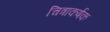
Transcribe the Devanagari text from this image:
चित्राकर्षक